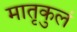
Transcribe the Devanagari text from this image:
मातृकुलं